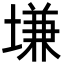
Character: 𡏊